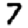
Digit: 7